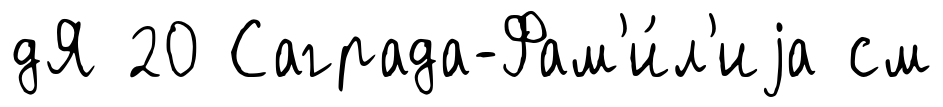
дЯ 20 Саграда-Фам'и́л'иjа см